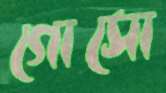
গোসো